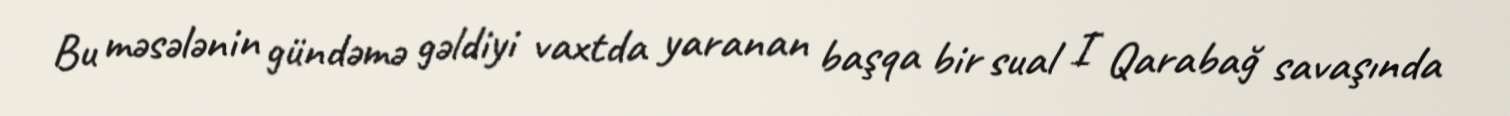
Bu məsələnin gündəmə gəldiyi vaxtda yaranan başqa bir sual I Qarabağ savaşında